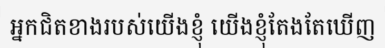
អ្នកជិតខាងរបស់យើងខ្ញុំ យើងខ្ញុំតែងតែឃើញ